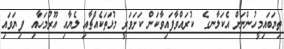
ތިޔަބައިމީހުންނަށް އެކަލާނގެ  ކުރައްވާފައިވާކަން ކަށަވަރީ މުޅަތަކެއްޗާއި ލެޔާއި އޫރުމަހާއި  ފިޔަވައި